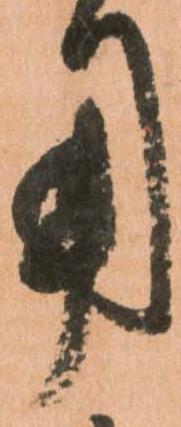
用